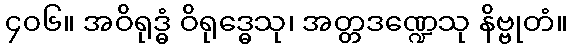
၄၀၆။ အဝိရုဒ္ဓံ ဝိရုဒ္ဓေသု၊ အတ္တဒဏ္ဍေသု နိဗ္ဗုတံ။